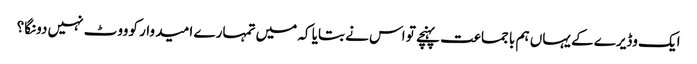
ایک وڈیرے کے یہاں ہم با جماعت پہنچے تو اس نے بتایا کہ میں تمہارے ا مید وار کوووٹ نہیں دونگا؟